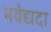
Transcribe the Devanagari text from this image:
भवेद्यदा